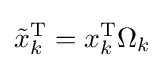
{\tilde {x}}_{k}^{\text{T}}=x_{k}^{\text{T}}\Omega _{k}